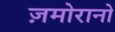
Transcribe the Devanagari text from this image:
ज़मोरानो